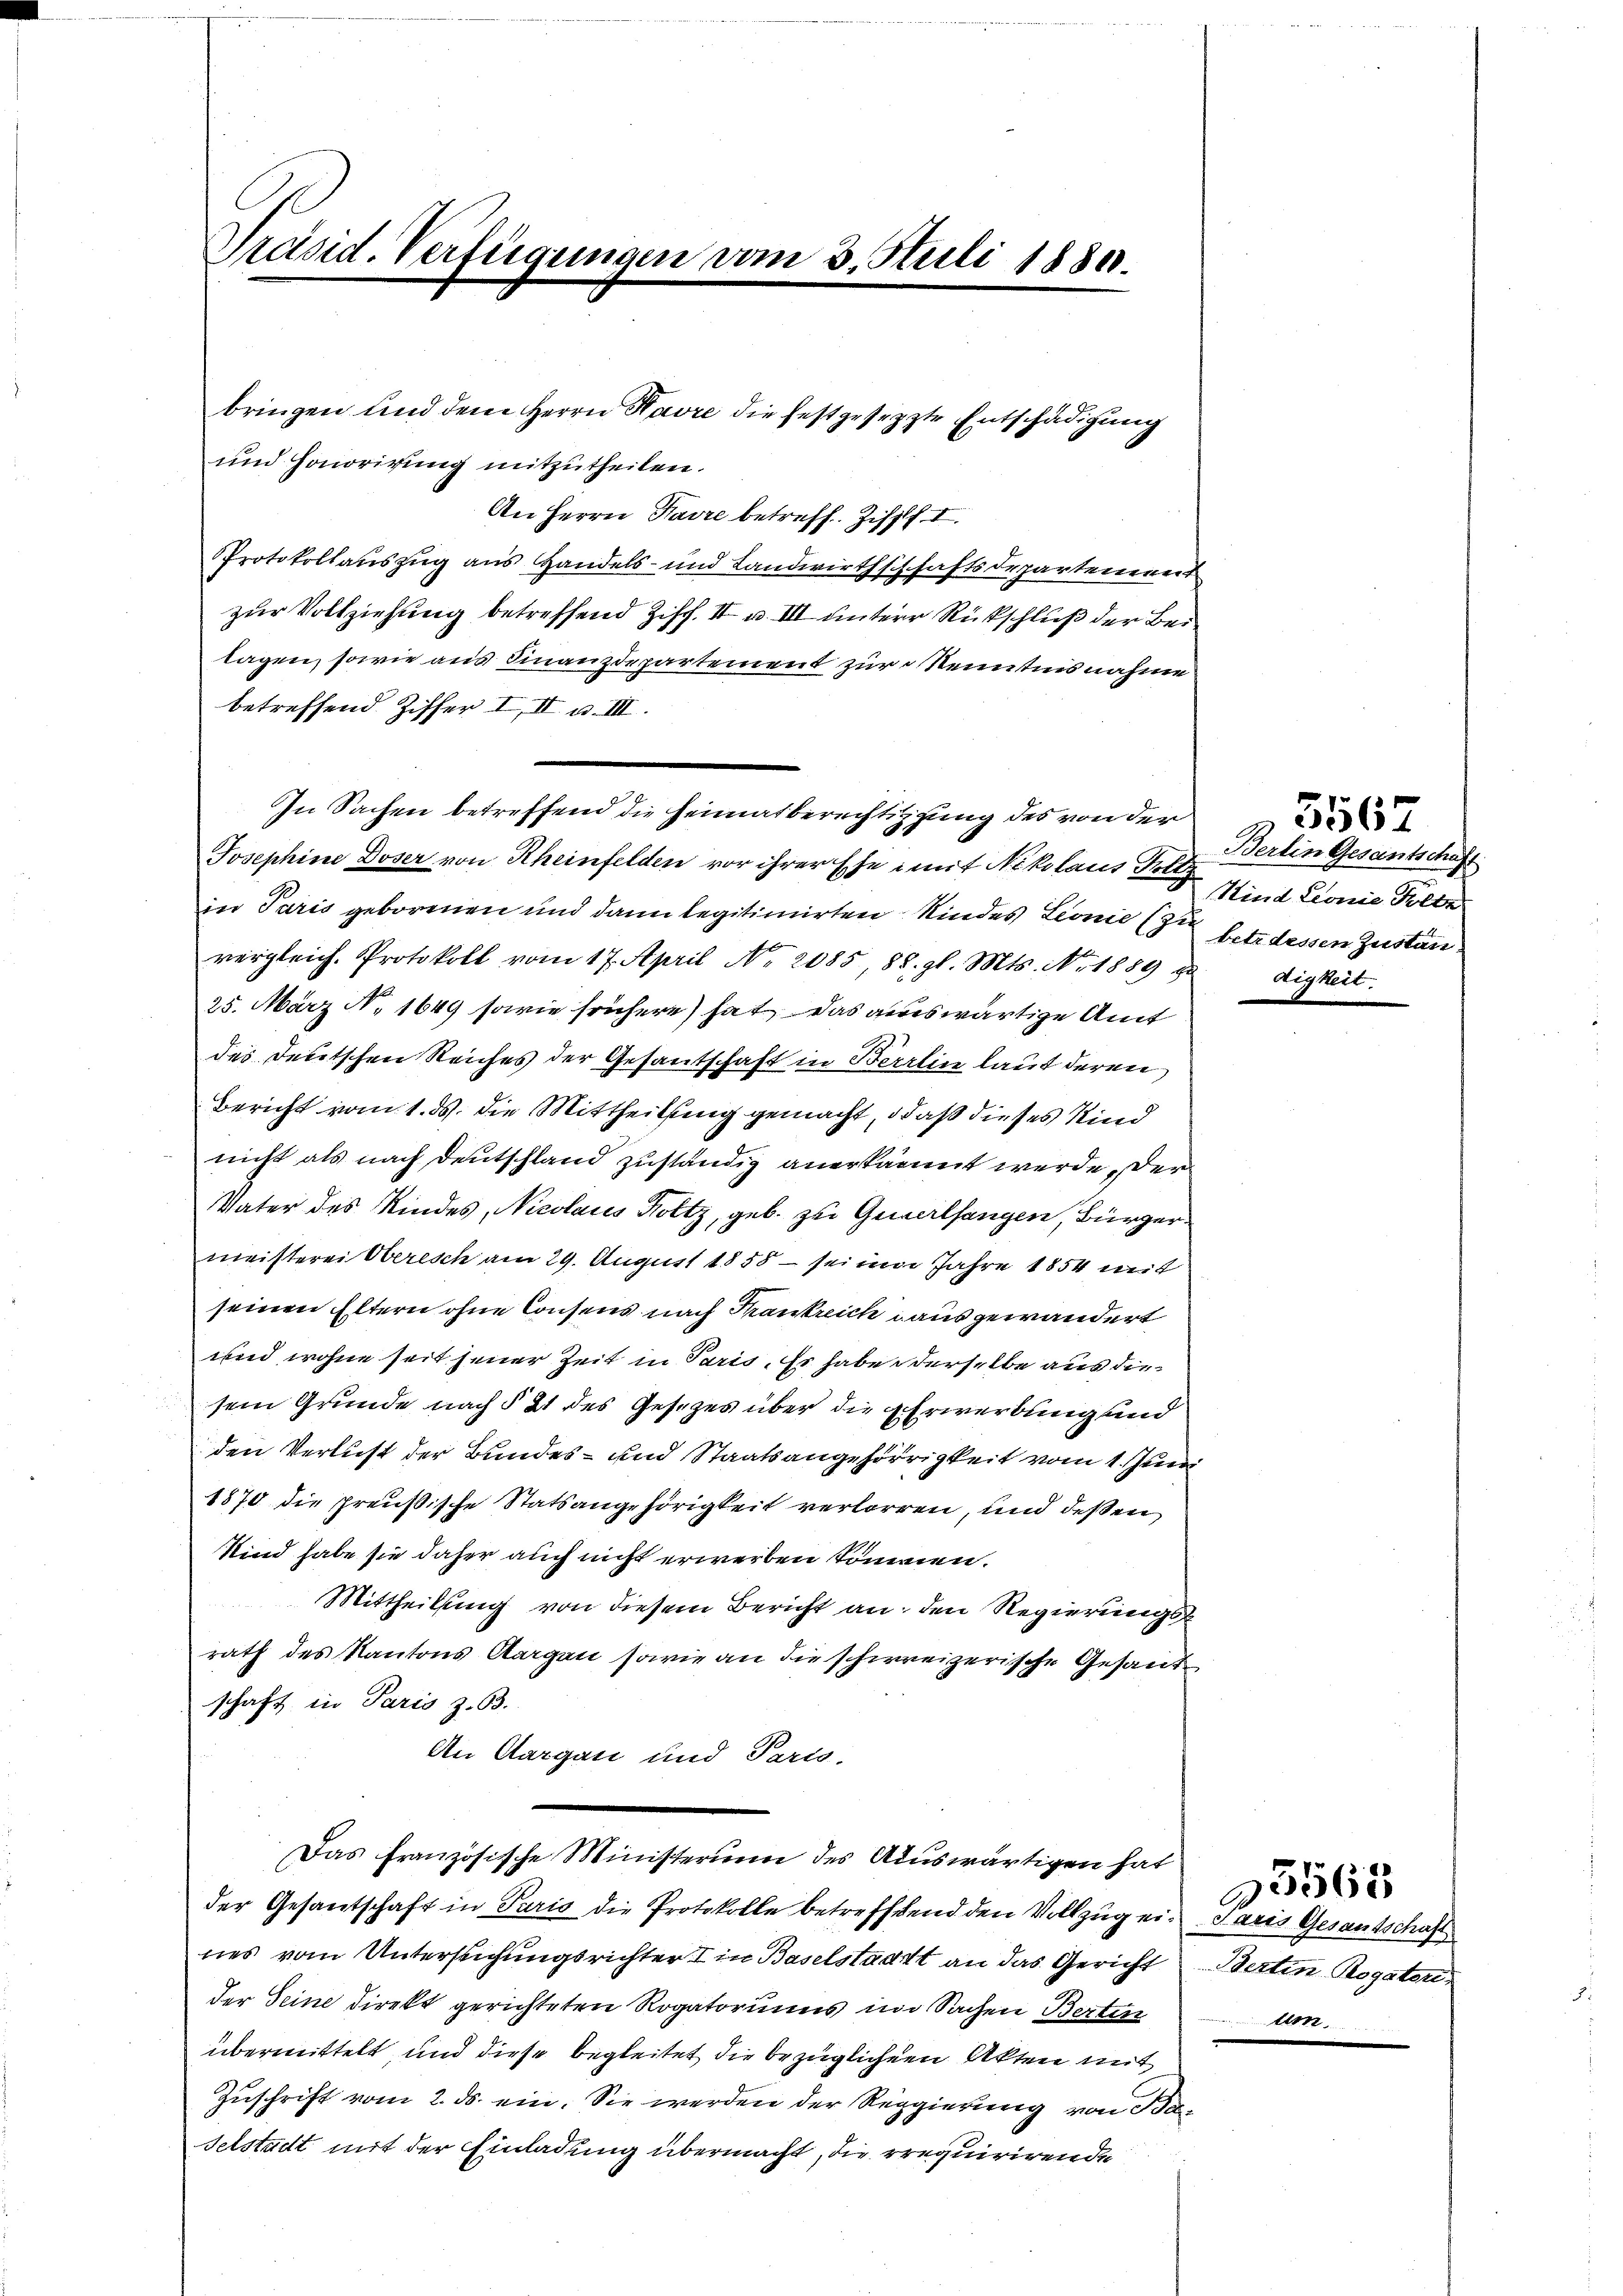
Präsid. Verfügungen vom 3. Juli 1880.

und Honorirung mitzutheilen.
An Herrn Havre betreff. Ziff. I.
Protokollauszug aus Handels- und Landwirthschaftsdepartemend
zur Vollziehung betreffend Ziff. II u. III unterer Rückschluß der Bei
lagen, sowie aus Finanzdepartement zur Kenntnisnahme
betreffend Ziffer III u. III.
Josephine Doser von Rheinfelden vor ihrer Ehe mit Nikolaus Peltz
in Paris geborenen und dann legitimirten Kindes Leonie (zu
vergleich. Protokoll vom 17. April No. 2085 88. gl. Mts. No. 1889 g
25. März No. 1649 sowie frühere) hat das auswärtige Amt
des Deutschen Reiches der Gesantschaft in Berrlin laut deren
Bericht vom 1. ds. die Mittheilung gemacht, daß dieses Kind
nicht als nach Deutschland zuständig anerkannt werde, der
Vater des Kindes, Nicolaus Holtz, geb. zu Quverlangen Bürger.
meisterei Oberisch am 29. August 1858 — sei im Jahre 1854 mit
seinen Eltern ohne Consens nach Krankreich aus gewändert
und wohne seit jener Zeit in Paris. Es habe derselbe aus die
sein Grunde nach § 21 des Gesezes über die Erwerbung und
den Verlust der Bundes- und Staatsangehörigkeit vom 1. Juni
1570 die preußische Statsangehörigkeit verlorren, und deßen
Kind habe sie daher auch nicht erwerben kommen.
Mittheilung von diesem Bericht an, den Regierungs
rath des Kantons Aargau sowie an die schweizerische Gesand
schaft in Paris z. B.
An Aargau und Paris.
Das französische Ministerium des Auswärtigen hat
der Gesantschaft in Paris die Protokolle betreffend den Vollzug eines vom Untersuchungsrichter I in Baselstadt an das Gericht
der Seine direkt gerichteten Rogatoriums im Sachen Bertin
übermittelt, und diese begleitet die bezüglichen Akten mit
Zuschrift vom 2. ds. ein. Sie werden der Reggierung von Ba¬
Felstadt mit der Einladung übermacht, die rrequirirende

In Sachen betreffend die Heimatberechtigung des von der

bringen und dem Herrn Havre die festgesetzte Entschädigung

Berlin Gesantschäft
Kind Leonie Folle
betr. dessen Zustan
digkeit.

5567

daris Gesantschaft
Bertin Rogaten
ten

5563